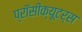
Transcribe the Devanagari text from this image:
प्रॉसीक्यूटर्स